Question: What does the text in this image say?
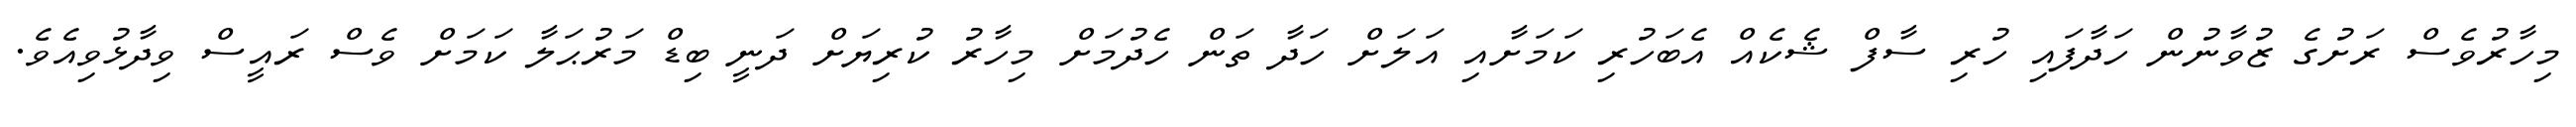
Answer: މިހާރުވެސް ރަށުގެ ޒުވާނުން ހަދާފައި ހުރި ސާފް ޝެކެއް އެބަހުރި ކަމަށާއި އަލަށް ހަދާ ތަން ހެދުމަށް މިހާރު ކުރިޔަށް ދަނީ ބިޑް މަރުޙަލާ ކަމަށް ވެސް ރައީސް ވިދާޅުވިއެވެ.